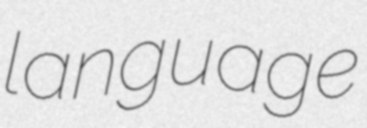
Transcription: language